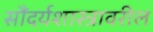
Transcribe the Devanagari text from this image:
सौंदर्यशास्त्रावरील